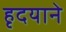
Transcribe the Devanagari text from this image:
हृदयाने